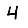
Digit: 4